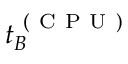
t _ { B } ^ { \mathrm { ~ ( ~ C ~ P ~ U ~ ) ~ } }